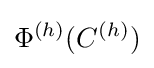
\Phi ^{(h)}(C^{(h)})